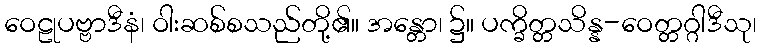
ဝေဠုပဗ္ဗာဒီနံ၊ ဝါးဆစ်စသည်တို့၏။ အန္တော၊ ၌။ ပက္ခိတ္တသိန္န-ဝေတ္တဂ္ဂါဒီသု၊